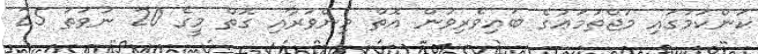
ކަންކަމުގައި މުޖްތަމަޢުގެ ބައިވެރިވުން އޮތް މިންވަރާއި ގޮތް މީގެ 20 ނުވަތަ 25